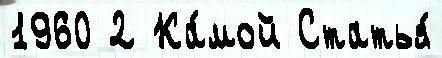
1960 2 Ка́мой Статья́